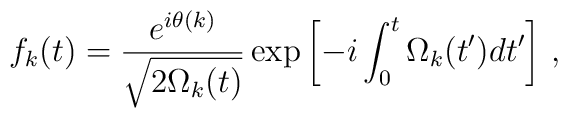
f_k(t)=\frac{e^{i\theta(k)}}{\sqrt{2\Omega_k(t)}}\exp\left[-i\int_0^t\Omega_k(t')dt'\right]\,,